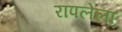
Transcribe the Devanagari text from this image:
रापलेला